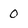
Character: 0